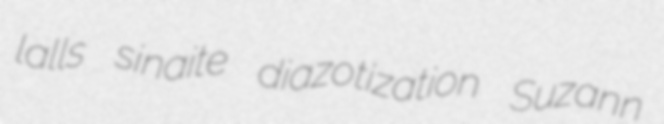
lalls sinaite diazotization Suzann